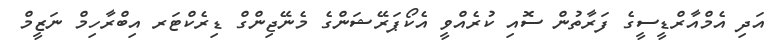
އަދި އެމްއާރްޑީސީގެ ފަރާތުން ސޮއި ކުރެއްވީ އެކޯޕަރޭޝަންގެ މެނޭޖިންގް ޑިރެކްޓަރ އިބްރާހިމް ނަޒީމް